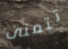
تتمنى